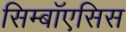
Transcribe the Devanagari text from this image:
सिम्बॉएसिस